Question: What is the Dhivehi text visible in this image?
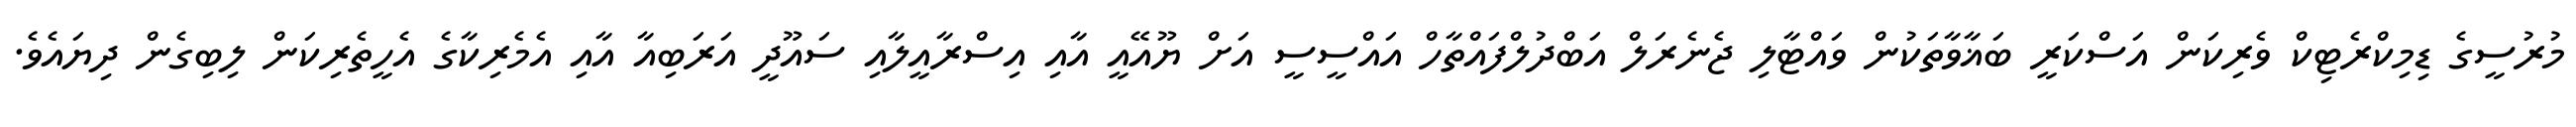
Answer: މުރުސީގެ ޑިމިކްރެޓިކް ވެރިކަން އަސްކަރީ ބަޣާވާތަކުން ވައްޓާލި ޖެނެރަލް އަބްދުލްފައްތާހް އައްސީސީ އަށް ޔޫއޭއީ އާއި އިސްރާއީލާއި ސައޫދީ އަރަބިއާ އާއި އެމެރިކާގެ އެހީތެރިކަން ލިބިގެން ދިޔައެވެ.